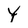
Character: Y